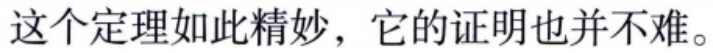
这个定理如此精妙，它的证明也并不难。